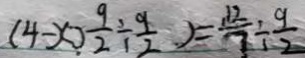
( 4 - x ) \frac { 9 } { 2 } \div \frac { 9 } { 2 } ) = \frac { 1 2 } { 7 } \div \frac { 9 } { 2 }